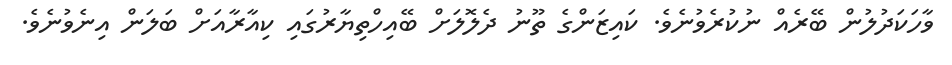
ވާހަކަދުލުން ބޭރެއް ނުކުރެވުނެވެ. ކައިޒަންގެ ތޫނު ދެލޮލަށް ބޭއިހްތިޔާރުގައި ކިއާރާއަށް ބަލަން އިނެވުނެވެ.